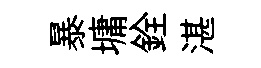
暴墉銓湛